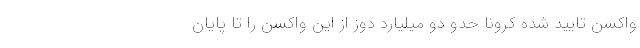
واکسن تایید شده کرونا حدو دو میلیارد دوز از این واکسن را تا پایان